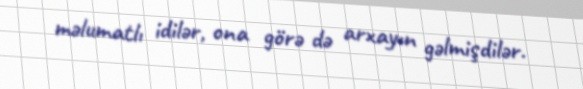
məlumatlı idilər, ona görə də arxayın gəlmişdilər.